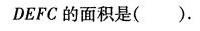
DEFC 的面积是( ).